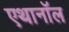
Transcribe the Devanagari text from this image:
एथानॉल